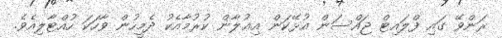
ރަންވޭ ގައި ފްލައިޓް ޖައްސަން އުޅޭކަން އިޢުލާން ކުރުމާއެކު ދެމީހުން ވާހަކަ ހުއްޓާލިއެވެ.